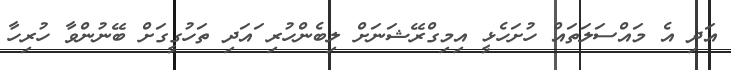
އަދި އެ މައްސަލަތައް ހުށަހެޅީ އިމިގްރޭޝަނަށް ލިބެންހުރި ައަދި ތަހުގީގަށް ބޭނުންވާ ހުރިހާ